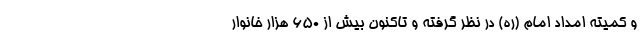
و کمیته امداد امام (ره) در نظر گرفته و تاکنون بیش از ۶۵۰ هزار خانوار